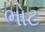
ભોટ